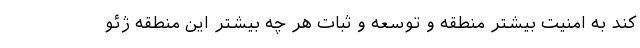
کند به امنیت بیشتر منطقه و توسعه و ثبات هر چه بیشتر این منطقه ژئو